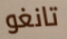
تانغو